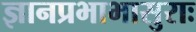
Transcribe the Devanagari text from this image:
ज्ञानप्रभाभासुराः